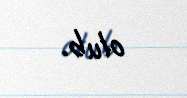
olub.